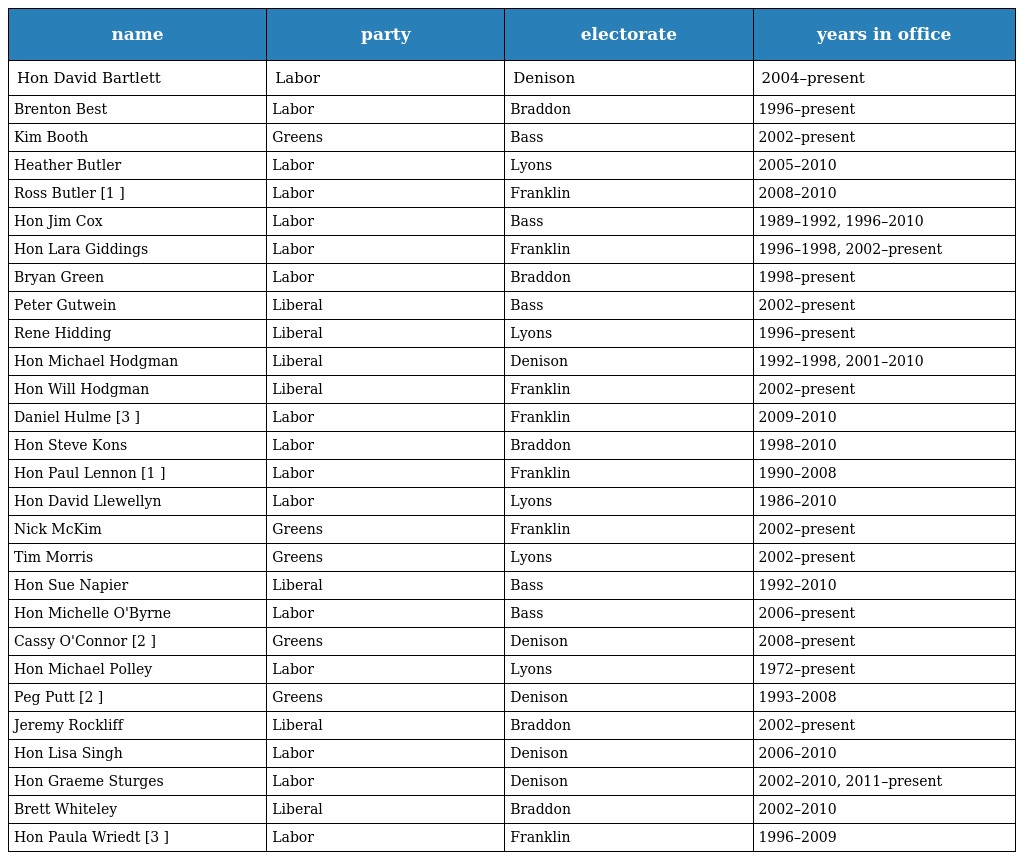
| name | party | electorate | years in office |
 | --- | --- | --- | --- |
 | Hon David Bartlett | Labor | Denison | 2004–present |
 | Brenton Best | Labor | Braddon | 1996–present |
 | Kim Booth | Greens | Bass | 2002–present |
 | Heather Butler | Labor | Lyons | 2005–2010 |
 | Ross Butler [1 ] | Labor | Franklin | 2008–2010 |
 | Hon Jim Cox | Labor | Bass | 1989–1992, 1996–2010 |
 | Hon Lara Giddings | Labor | Franklin | 1996–1998, 2002–present |
 | Bryan Green | Labor | Braddon | 1998–present |
 | Peter Gutwein | Liberal | Bass | 2002–present |
 | Rene Hidding | Liberal | Lyons | 1996–present |
 | Hon Michael Hodgman | Liberal | Denison | 1992–1998, 2001–2010 |
 | Hon Will Hodgman | Liberal | Franklin | 2002–present |
 | Daniel Hulme [3 ] | Labor | Franklin | 2009–2010 |
 | Hon Steve Kons | Labor | Braddon | 1998–2010 |
 | Hon Paul Lennon [1 ] | Labor | Franklin | 1990–2008 |
 | Hon David Llewellyn | Labor | Lyons | 1986–2010 |
 | Nick McKim | Greens | Franklin | 2002–present |
 | Tim Morris | Greens | Lyons | 2002–present |
 | Hon Sue Napier | Liberal | Bass | 1992–2010 |
 | Hon Michelle O'Byrne | Labor | Bass | 2006–present |
 | Cassy O'Connor [2 ] | Greens | Denison | 2008–present |
 | Hon Michael Polley | Labor | Lyons | 1972–present |
 | Peg Putt [2 ] | Greens | Denison | 1993–2008 |
 | Jeremy Rockliff | Liberal | Braddon | 2002–present |
 | Hon Lisa Singh | Labor | Denison | 2006–2010 |
 | Hon Graeme Sturges | Labor | Denison | 2002–2010, 2011–present |
 | Brett Whiteley | Liberal | Braddon | 2002–2010 |
 | Hon Paula Wriedt [3 ] | Labor | Franklin | 1996–2009 |